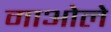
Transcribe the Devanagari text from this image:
माओले